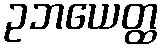
ဥဘယေတ္ထ